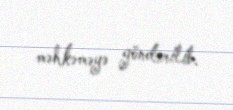
məhkəməyə göndərilib.